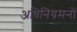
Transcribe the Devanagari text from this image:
अधिनियमनों